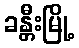
ခန္တီးမြို့